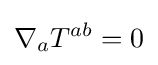
\nabla _{a}T^{ab}=0